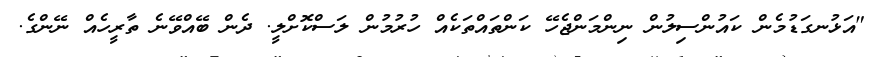
"އަޅުނގަޑުމެން ކައުންސިލުން ނިންމަންޖެހޭ ކަންތައްތަކެއް ހުރުމުން ލަސްކޮށްލީ. ދެން ބޭއްވޭނެ ތާރީހެއް ނޭންގެ.